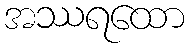
အဿရထော